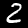
Digit: 2